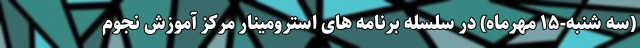
(سه شنبه-۱۵ مهرماه) در سلسله برنامه های استرومینار مرکز آموزش نجوم